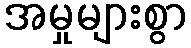
အမှုများစွာ